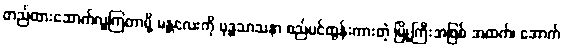
တည်ထားဆောက်လှူကြတာမို့ မန္တလေးကို ဗုဒ္ဓသာသနာ စည်ပင်ထွန်းကားတဲ့ မြို့ကြီးအဖြစ် အထက်၊ အောက်